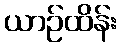
ယာဉ်ထိန်း